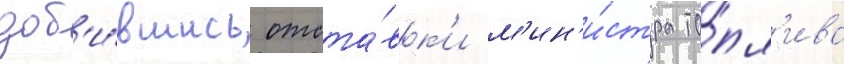
доб'и́вшись отста́вк'и м'ин'и́стра то́пл'ива